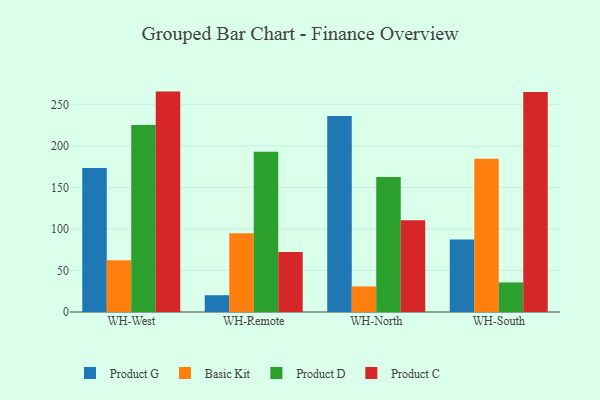
{"axis": {"x": "Warehouse", "y": "Page Views"}, "legend": ["Basic Kit", "Product C", "Product D", "Product G"], "data": [{"x": "WH-West", "y": 173.3, "type": "Product G"}, {"x": "WH-West", "y": 62.2, "type": "Basic Kit"}, {"x": "WH-West", "y": 225.1, "type": "Product D"}, {"x": "WH-West", "y": 265.3, "type": "Product C"}, {"x": "WH-Remote", "y": 20.2, "type": "Product G"}, {"x": "WH-Remote", "y": 94.8, "type": "Basic Kit"}, {"x": "WH-Remote", "y": 192.9, "type": "Product D"}, {"x": "WH-Remote", "y": 72.2, "type": "Product C"}, {"x": "WH-North", "y": 236.0, "type": "Product G"}, {"x": "WH-North", "y": 30.8, "type": "Basic Kit"}, {"x": "WH-North", "y": 162.6, "type": "Product D"}, {"x": "WH-North", "y": 110.5, "type": "Product C"}, {"x": "WH-South", "y": 87.3, "type": "Product G"}, {"x": "WH-South", "y": 184.5, "type": "Basic Kit"}, {"x": "WH-South", "y": 35.6, "type": "Product D"}, {"x": "WH-South", "y": 264.8, "type": "Product C"}]}